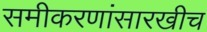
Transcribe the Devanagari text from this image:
समीकरणांसारखीच